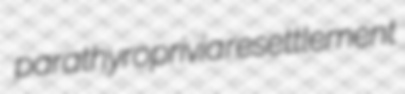
parathyroprivia resettlement